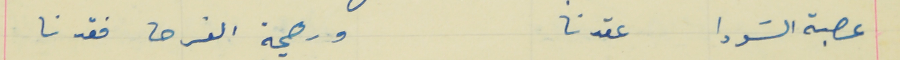
عصبة السَودا عقدنا                                                  ورهجة الفرحه فقدنا